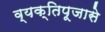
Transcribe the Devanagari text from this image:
व्यक्तिपूजासे